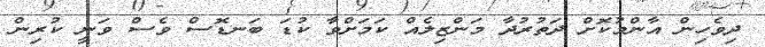
ދިވެހިން އާންމުކޮށް ދަތުރުދާ މަންޒިލެއް ކަމަށްވާ ކުޑަ ބަނޑޮސް ވެސް ވަނީ ކުރިން